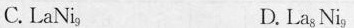
C.LaNi_{9} D.La_{8}Ni_{9}